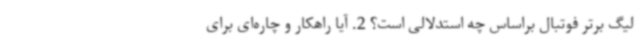
لیگ برتر فوتبال براساس چه استدلالی است؟ 2. آیا راهکار و چاره‌ای برای